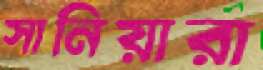
সানিয়ারা